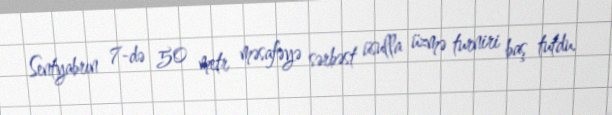
Sentyabrın 7-də 50 metr məsafəyə sərbəst üsulla üzmə turniri baş tutdu.